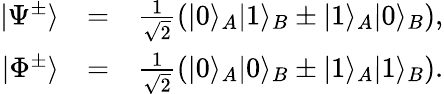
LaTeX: \begin{array}{rlr}{|\Psi^{\pm}\rangle}&{=}&{\frac{1}{\sqrt{2}}\left(|0\rangle_{A}|1\rangle_{B}\pm|1\rangle_{A}|0\rangle_{B}\right),}\\ {|\Phi^{\pm}\rangle}&{=}&{\frac{1}{\sqrt{2}}\left(|0\rangle_{A}|0\rangle_{B}\pm|1\rangle_{A}|1\rangle_{B}\right).}\end{array}